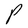
Character: P